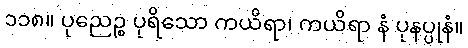
၁၁၈။ ပုညေဉ္စ ပုရိသော ကယိရာ၊ ကယိရာ နံ ပုနပ္ပုနံ။